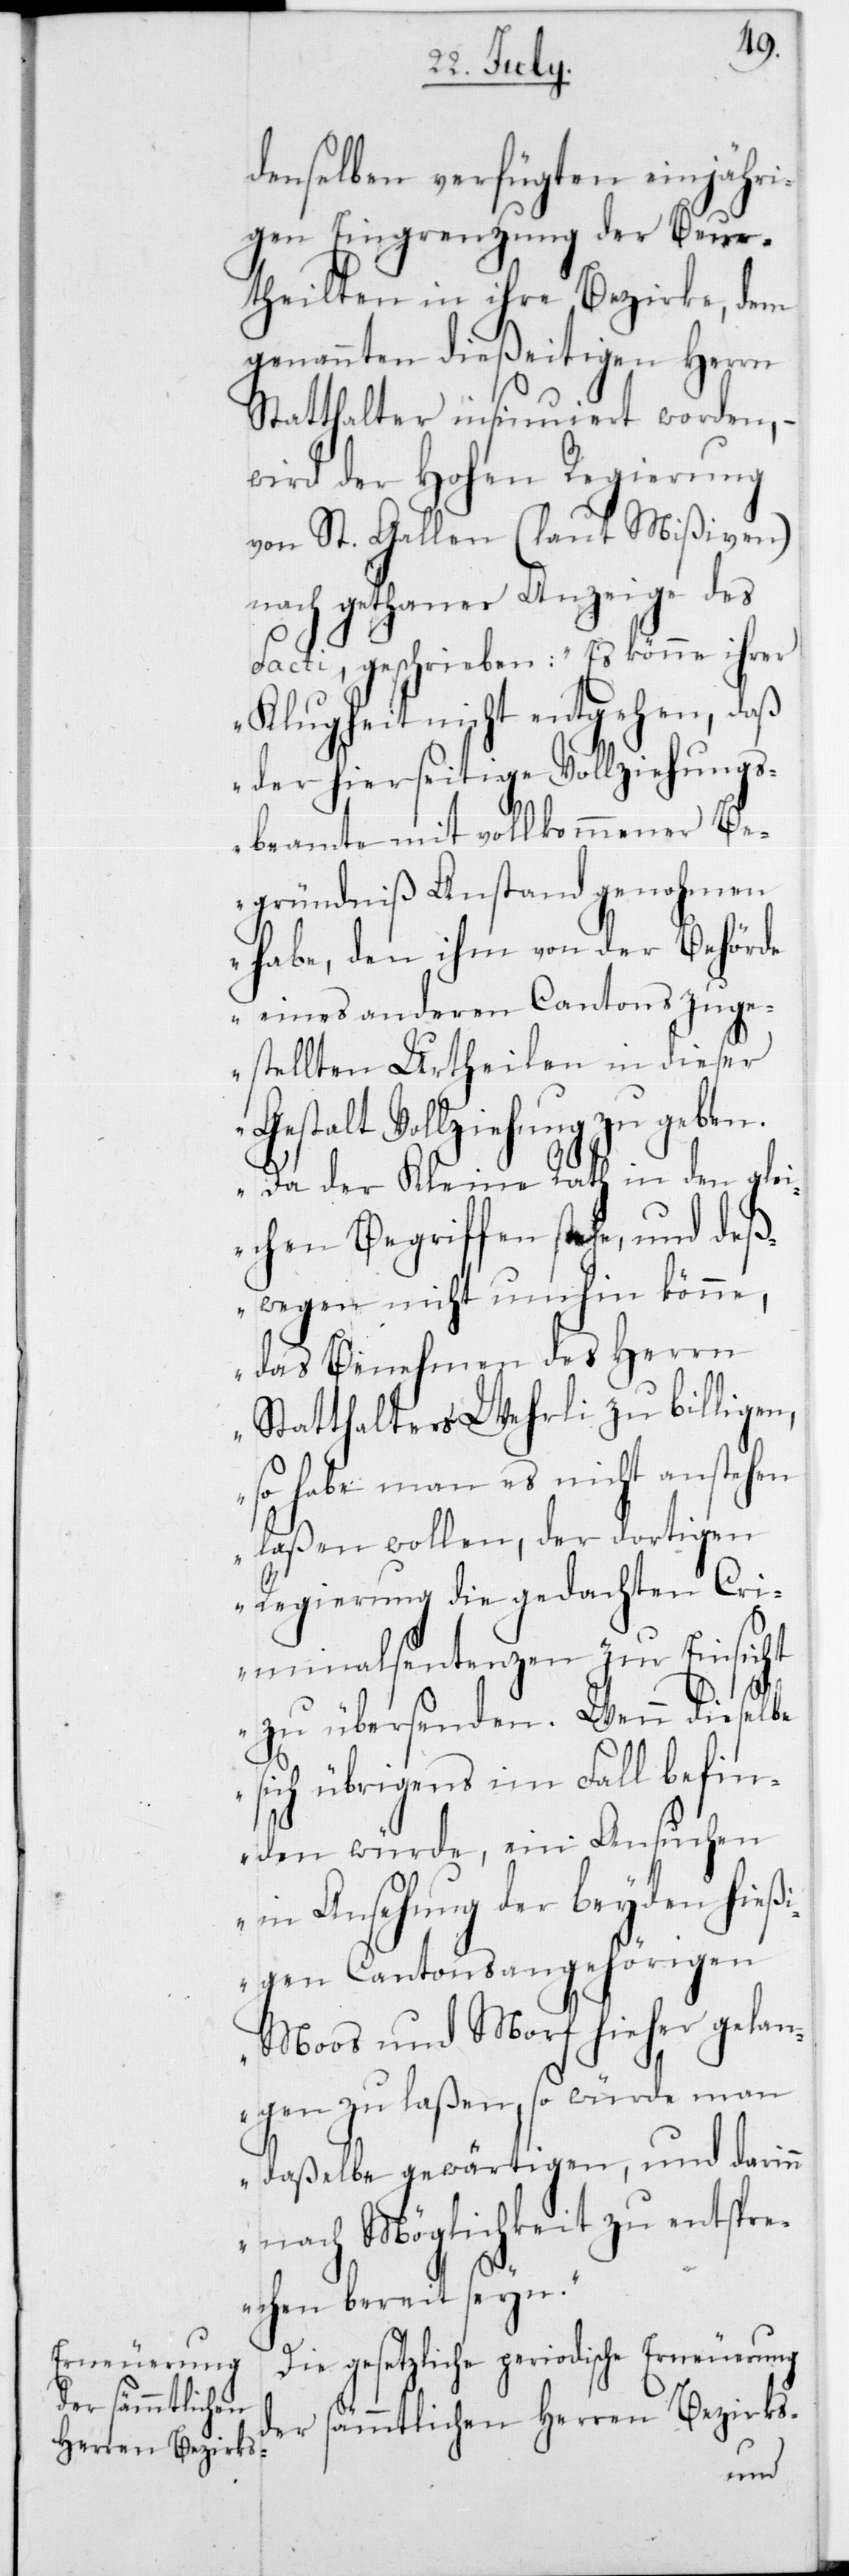
denselben verfügten einjähri¬
gen Eingrenzung der Beur¬
theilten in ihre Bezirke, dem
genannten dießeitigen Herrn
Statthalter insinuiert worden, –
wird der Hohen Regierung
von St. Gallen (laut Mißiven)
nach gethaner Anzeige des
Facti, geschrieben: „Es könne ihrer
Klugheit nicht entgehen, daß
der hierseitige Vollziehungs¬
beamte mit vollkommener Be¬
gründniß Anstand genohmen
habe, den ihm von der Behörde
eines anderen Cantons zuge¬
stellten Urtheilen in dieser
Gestalt Vollziehung zu geben.
Da der Kleine Rath in den gle¬
ichen Begriffen stehe, und deß¬
wegen nicht umhin könne,
das Benehmen des Herrn
Statthalters Wehrli zu billigen,
so habe man es nicht anstehen
laßen wollen, der dortigen
Regierung die gedachten Cri¬
minalsentenzen zur Einsicht
zu übersenden. Wenn dieselbe
sich übrigens im Fall befin¬
den würde, ein Ansuchen
in Ansehung der beyden hie¬
ßigen Cantonsangehörigen
Moos und Morf hieher gelan¬
gen zu laßen, so würde man
daßelbe gewärtigen, und darinn
nach Möglichkeit zu entspre¬
chen bereit seyn.“
Die gesetzliche periodische Erneuerung
der sämmtlichen
Herren Bezirks-